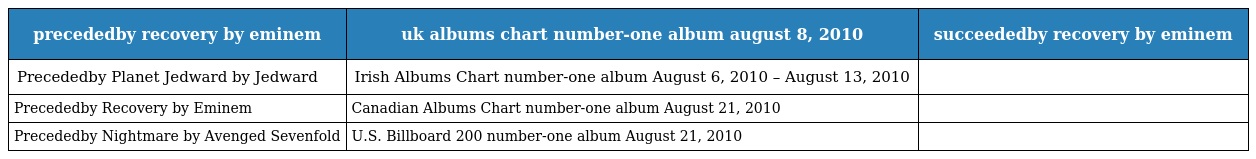
| precededby recovery by eminem | uk albums chart number-one album august 8, 2010 | succeededby recovery by eminem |
 | --- | --- | --- |
 | Precededby Planet Jedward by Jedward | Irish Albums Chart number-one album August 6, 2010 – August 13, 2010 |  |
 | Precededby Recovery by Eminem | Canadian Albums Chart number-one album August 21, 2010 |  |
 | Precededby Nightmare by Avenged Sevenfold | U.S. Billboard 200 number-one album August 21, 2010 |  |